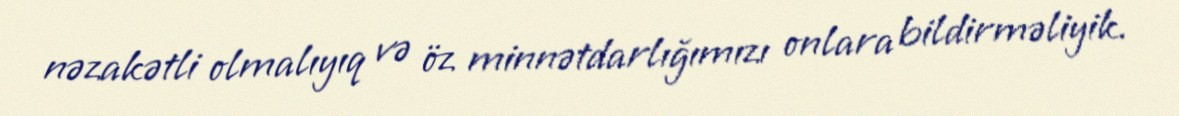
nəzakətli olmalıyıq və öz minnətdarlığımızı onlara bildirməliyik.